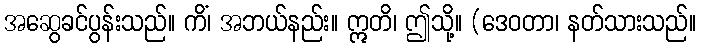
အဆွေခင်ပွန်းသည်။ ကိံ၊ အဘယ်နည်း။ ဣတိ၊ ဤသို့။ (ဒေဝတာ၊ နတ်သားသည်။